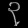
Digit: ၃